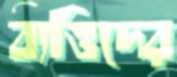
ব্যত্তিদের